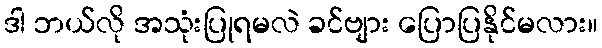
ဒါ ဘယ်လို အသုံးပြုရမလဲ ခင်ဗျား ပြောပြနိုင်မလား။